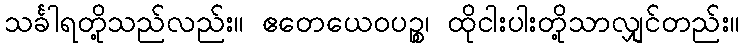
သင်္ခါရတို့သည်လည်း။ ဧတေယေဝပဉ္စ၊ ထိုငါးပါးတို့သာလျှင်တည်း။